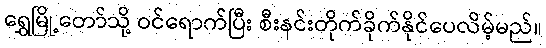
ရွှေမြို့တော်သို့ ဝင်ရောက်ပြီး စီးနင်းတိုက်ခိုက်နိုင်ပေလိမ့်မည်။